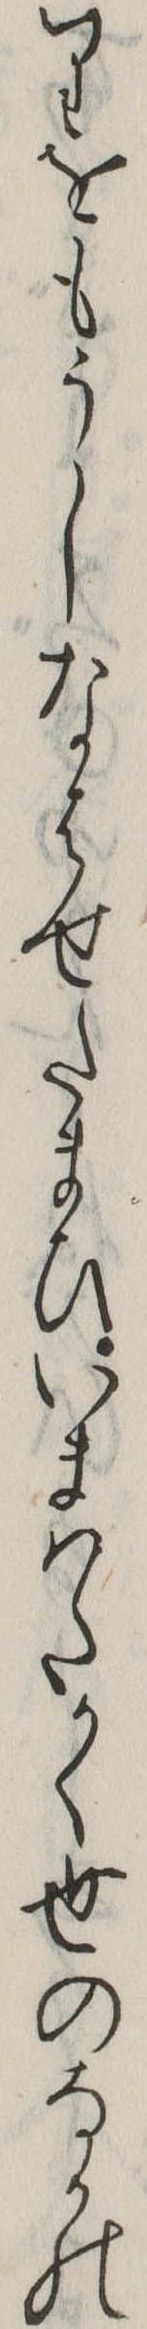
りをもうしなはせたまひいまはたかく世のなかの